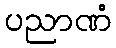
ပညာဏံ